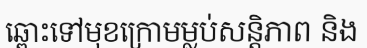
ឆ្ពោះទៅមុខក្រោមម្លប់សន្តិភាព និង